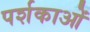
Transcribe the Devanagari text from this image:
पर्शकाओं